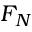
F _ { N }